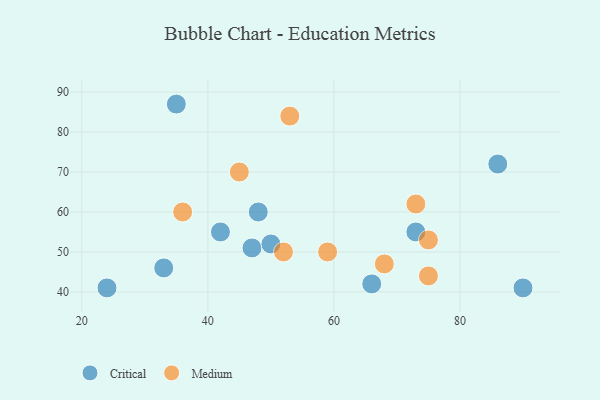
{"axis": {"x": "GDP", "y": "Life Expectancy"}, "legend": ["Critical", "Medium"], "data": [{"x": "47", "y": 51, "type": "Critical"}, {"x": "50", "y": 52, "type": "Critical"}, {"x": "35", "y": 87, "type": "Critical"}, {"x": "66", "y": 42, "type": "Critical"}, {"x": "48", "y": 60, "type": "Critical"}, {"x": "42", "y": 55, "type": "Critical"}, {"x": "73", "y": 55, "type": "Critical"}, {"x": "33", "y": 46, "type": "Critical"}, {"x": "24", "y": 41, "type": "Critical"}, {"x": "90", "y": 41, "type": "Critical"}, {"x": "86", "y": 72, "type": "Critical"}, {"x": "75", "y": 44, "type": "Medium"}, {"x": "45", "y": 70, "type": "Medium"}, {"x": "36", "y": 60, "type": "Medium"}, {"x": "75", "y": 53, "type": "Medium"}, {"x": "73", "y": 62, "type": "Medium"}, {"x": "59", "y": 50, "type": "Medium"}, {"x": "53", "y": 84, "type": "Medium"}, {"x": "52", "y": 50, "type": "Medium"}, {"x": "68", "y": 47, "type": "Medium"}]}